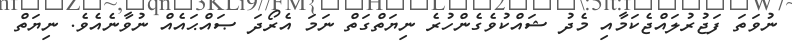
ނުވަތަ ފަޖުރުލައްޖެކަމާއި މެދު ޝައްކުވެގެންހުރެ ނިޔަތްގަތް ނަމަ އެރޯދަ ޞައްޙައެއް ނުވާނެއެވެ. ނިޔަތް